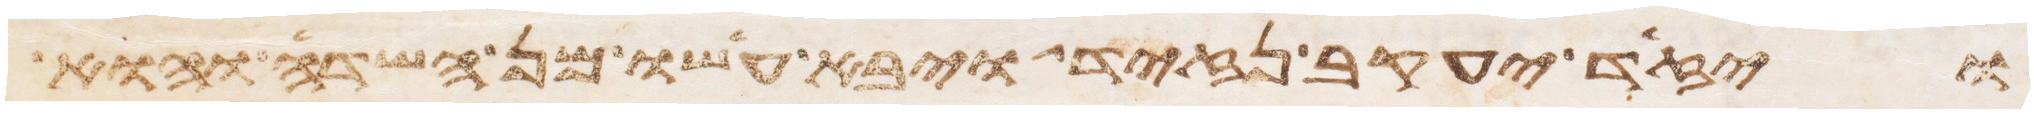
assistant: ויזד יעקב נזיד ויבא עשו מן השדה והוא